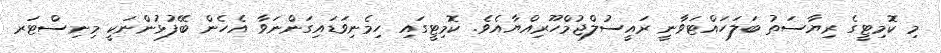
މި ކޮމިޓީގެ ރިޔާސަތު ބަލަހައްޓަވާނީ ރައީސުލްޖުމްހޫރިއްޔާއެވެ. ކޮމިޓީގައި ހިމެނިވަޑައިގަންނަވާ އެހެން ބޭފުޅުންނަކީ މިނިސްޓަރ